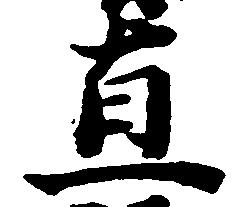
直